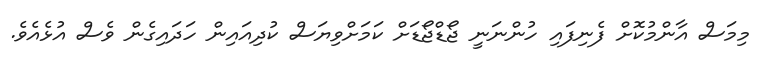
މިމަސް އާންމުކޮށް ފެނިފައި ހުންނަނީ ޖޯޑްޖޯޑަށް ކަމަށްވިޔަސް ކުދިއައިން ހަދައިގެން ވެސް އުޅެއެވެ.